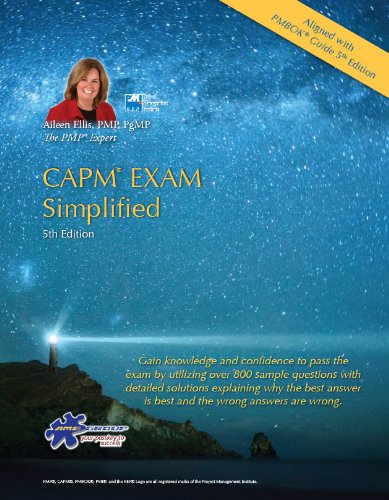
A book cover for CAPM EXAM Simplified-5th Edition- (CAPM Exam Prep 2013 and PMP Exam Prep 2013 Series)Aligned to PMBOK Guide 5th Edition; Aileen Ellis; Test Preparation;